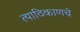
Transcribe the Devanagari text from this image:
त्याठिकाणचे